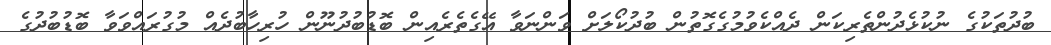
ބުދުތަކުގެ ނުކުޅެދުންތެރިކަން ދެއްކެވުމުގެގޮތުން ބުދުކޯލަށް ވަންނަވާ އޭގެތެރެއިން ބޮޑުބުދުނޫން ހުރިހާބުދެއް މުގުރައްވަވާ ބޮޑުބުދުގެ